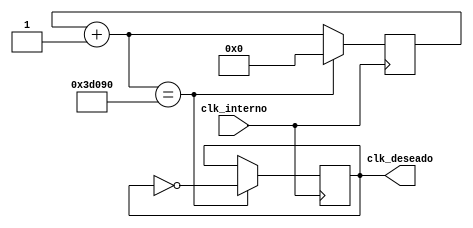
`timescale 1ns / 1ps

module Divisor_Frecuencia (clk_interno,clk_deseado);
 input clk_interno;         
 output reg clk_deseado = 0;  
 
 reg[24:0] contador = 25'b0; //Variable Contador equivale a 25 millones de estados. 
 
 always @(posedge clk_interno)
  begin
   contador = (contador + 1); //0.5 segundos LED encendido
   if(contador == 250_000)
    begin
      contador = 0;
      clk_deseado = ~clk_deseado; //0.5 segundos LED apagado
    end
	 else
		contador = contador;
  end
endmodule